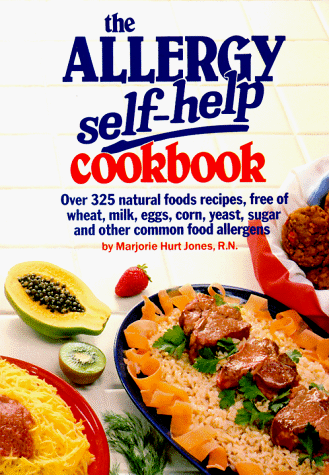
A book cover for The Allergy Self-Help Cookbook: Over 325 Natural Foods Recipes, Free of Wheat, Milk, Eggs, Corn, Yeast, Sugar and Other Common Food Allergens; Marjorie Hurt Jones R.N.; Health, Fitness & Dieting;